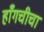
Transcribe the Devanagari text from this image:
हाँगचीचा